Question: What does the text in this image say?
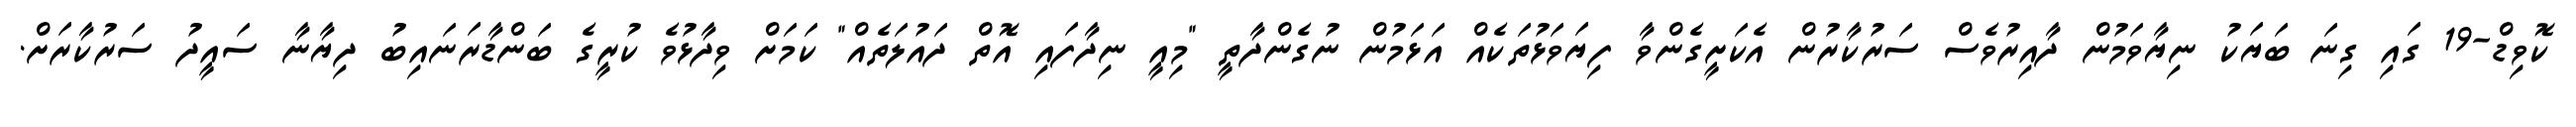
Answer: ކޮވިޑް-19 ގައި ގިނަ ބަޔަކު ނިޔާވަމުން ދާއިރުވެސް ސަރުކާރުން އެކަށީގެންވާ ފިޔަވަޅުތަކެއް އަޅަމުން ނުގެންދާތީ "މިއީ ނިދާފައި އޮތް ދައުލަތެއް" ކަމަށް ވިދާޅުވެ ކުރީގެ ބަންޑާރަނައިބު ދިޔާނާ ސައީދު ސަރުކާރަށް.